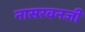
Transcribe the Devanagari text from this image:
नासरवनजी